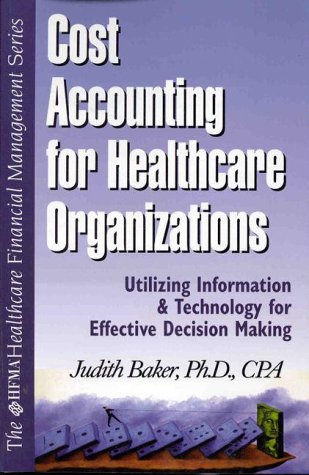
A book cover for Cost Accounting for Healthcare Organizations: Utilizing Information and Technology for Effective Decision Making; Judith J. Baker; Medical Books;